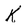
Character: K